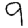
Digit: 9